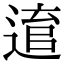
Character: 𨕕